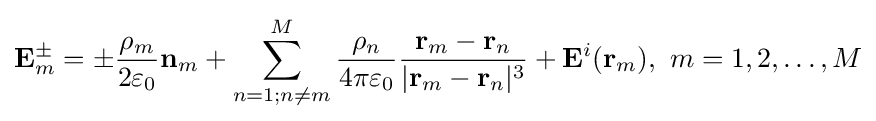
\mathbf {E} _{m}^{\pm }=\pm {\frac {\rho _{m}}{2\varepsilon _{0}}}\mathbf {n} _{m}+\sum _{n=1;n\neq m}^{M}{\frac {\rho _{n}}{4\pi \varepsilon _{0}}}{\frac {\mathbf {r} _{m}-\mathbf {r} _{n}}{|\mathbf {r} _{m}-\mathbf {r} _{n}|^{3}}}+\mathbf {E} ^{i}(\mathbf {r} _{m}),\ m=1,2,\dots ,M